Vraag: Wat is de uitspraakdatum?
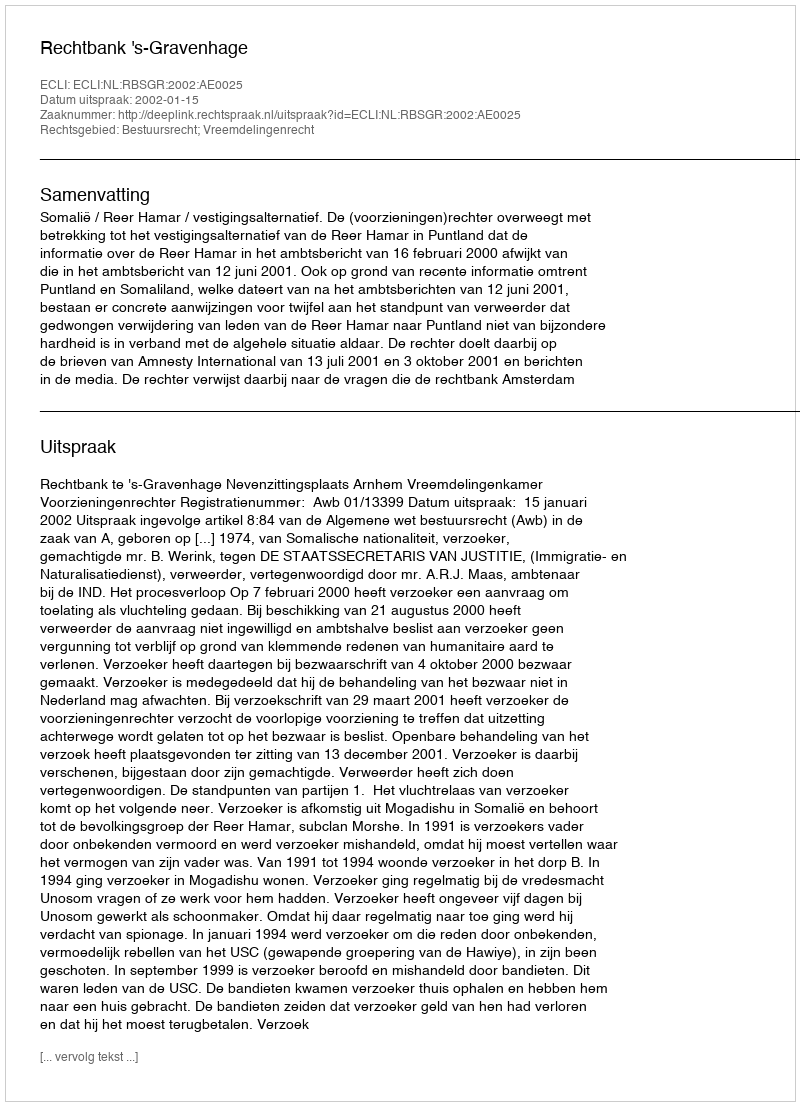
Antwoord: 2002-01-15